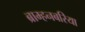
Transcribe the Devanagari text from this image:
ब्राम्हनबरिया